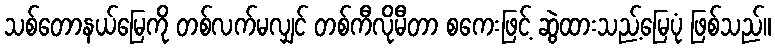
သစ်တောနယ်မြေကို တစ်လက်မလျှင် တစ်ကီလိုမီတာ စကေးဖြင့် ဆွဲထားသည့်မြေပုံ ဖြစ်သည်။